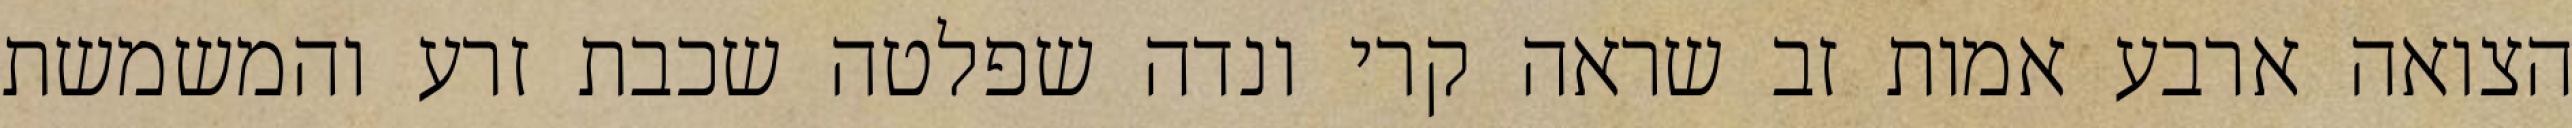
הצואה ארבע אמות זב שראה קרי ונדה שפלטה שכבת זרע והמשמשת